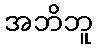
အဘိဘူ